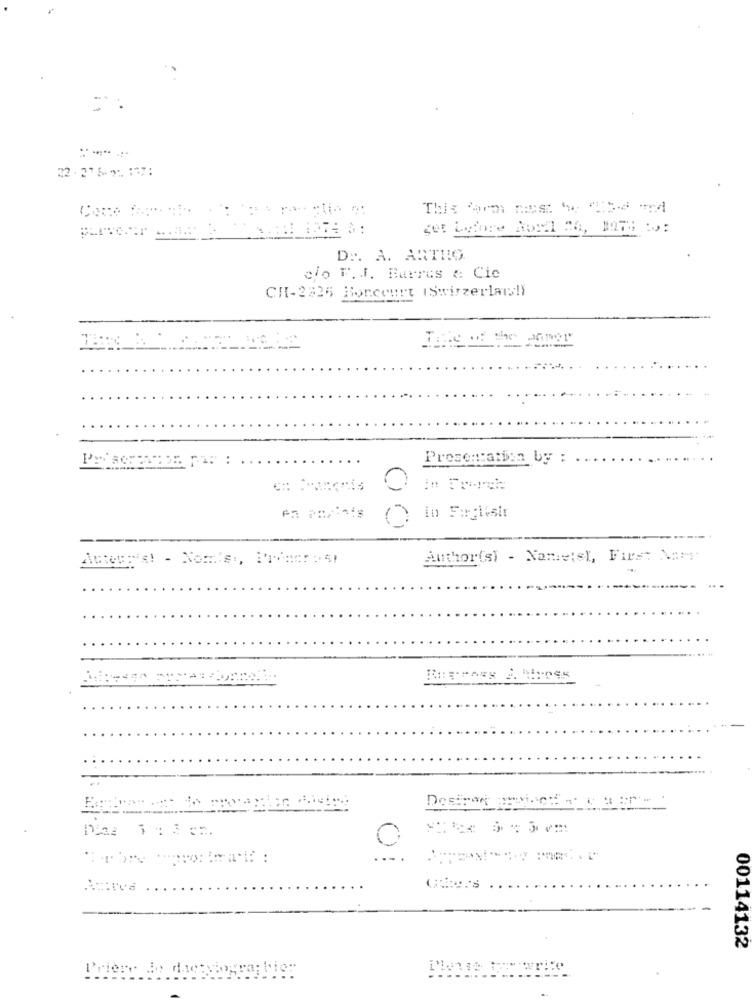
22. 27 5 91 :37:
get Laflore Abull 26, BOTH Do:
LIDTE &
D .. A. ARTRO
olo F. I. Burrus &: Cie
CH-2325 Borcourt (Swirzerlaill
Take of the Maner
Presentation by :
Author(s) - Nawetsl, First No:
Desimon Ber Runs
00114132